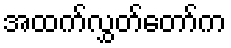
အထက်လွှတ်တော်က